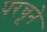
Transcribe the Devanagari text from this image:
परचूने